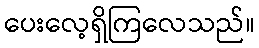
ပေးလေ့ရှိကြလေသည်။